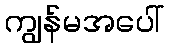
ကျွန်မအပေါ်